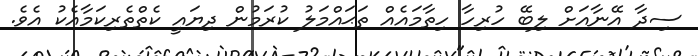
ސިދާ އޭނާއަށް ލިބޭ ހުރިހާ ހިތާމައެއް ތަޙައްމަލު ކުރަމުން ދިޔައީ ކެތްތެރިކަމާއެކު އެވެ.